Medical and sanitary report on the native army of Bombay for the year
Year: 1878
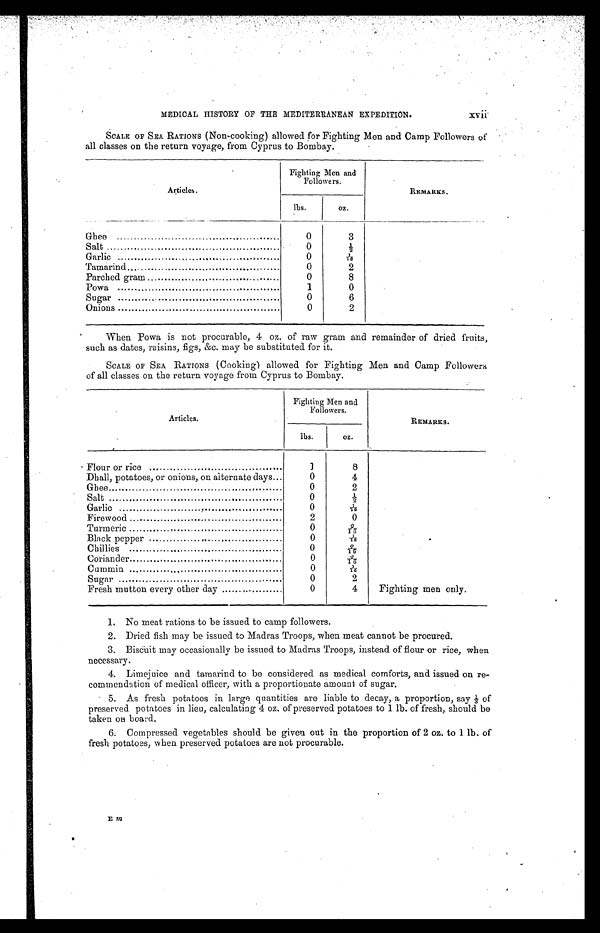
MEDICAL HISTORY OF THE MEDITERRANEAN EXPEDITION.
xvii.
SCALE OF SEA RATIONS (Non-cooking) allowed for Fighting Men and Camp Followers of
all classes on the return voyage, from Cyprus to Bombay.
Articles.
Fighting Men and
Followers.
REMARKS.
lbs.
oz.
Ghee
.
0
3
Salt
0
½
Garlic
0
1 / 1 0
Tamarind
0
2
Parched gram
0
8
Powa
1
0
Sugar
0
6
Onions
0
2
When Powa is not procurable, 4 oz. of raw gram and remainder of dried fruits,
such as dates, raisins, figs, &c. may be substituted for it.
SCALE OF SEA RATIONS (Cooking) allowed for Fighting Men and Camp Follower
s of all classes on the return voyage from Cyprus to Bombay.
Articles.
Fighting Men and
Followers.
REMARKS.
lbs.
oz.
Flour or rice
1
8
Dhall, potatoes, or onions, on alternate days
0
4
Ghee
0
2
Salt
0
1 / 2
Garlic
.
0
1 / 1 0
Firewood
2
0
Turmeric
0
2 / 1 0
Black pepper
0
1 / 1 0
.
Chillies
0
2 / 1 6
Coriander
0
2 / 1 6
Cummin
0
1 / 1 0
Sugar
0
2
Fresh mutton every other day
..
0
4
Fighting men only.
1. No meat rations to be issued to camp followers.
2. Dried fish may be issued to Madras Troops, when meat cannot be procured.
3. Biscuit may occasionally be issued to Madras Troops, instead of flour or rice, when
necessary.
4. Limejuice and tamarind to be considered as medical comforts, and issued on re-
commendation of medical officer, with a proportionate amount of sugar.
5.
As fresh potatoes in largequantities are liable to decay, a proportion, say
⅓ of preserved potatoes in lieu, calculating 4 oz. of preserved potatoes to 1 lb. of fresh, should be
taken on board.
6. Compressed vegetables should be given out in the proportion of 2 oz. to 1 lb. of
fresh potatoes, When preserved potatoes are not procurable.